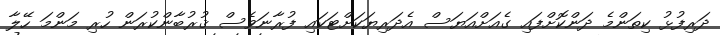
ދަރިފުޅު ކިތަންމެ ދަންކޮށްފައި ގެއަށްއަޔަސް އެދަރިޔަކަށްޓަކައި ފުރާނަވެސް ޤުރުބާންކުރަން ހުރި މަންމަ ހޭލާ